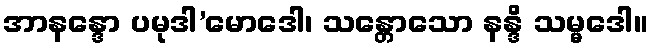
အာနန္ဒော ပမုဒါ’မောဒေါ၊ သန္တောသော နန္ဒိ သမ္မဒေါ။